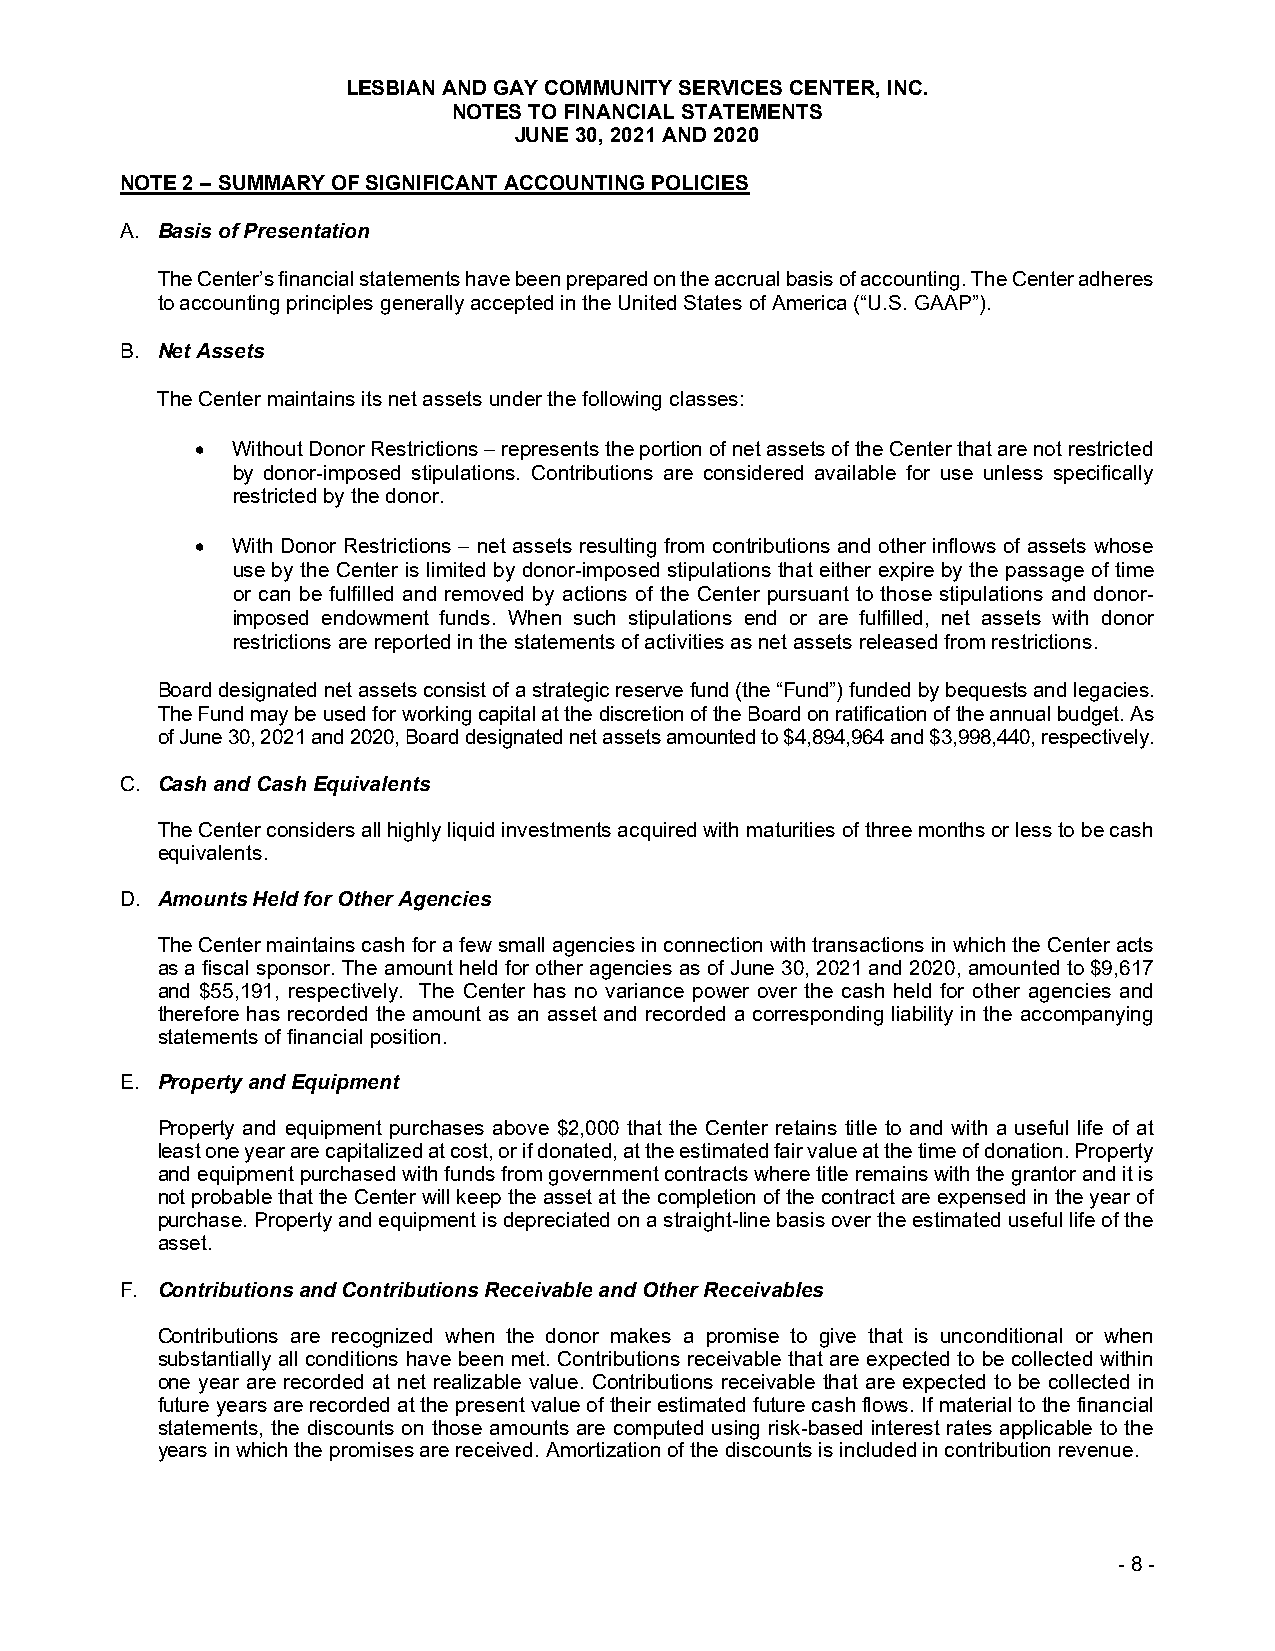
LESBIAN AND GAY COMMUNITY SERVICES CENTER, INC.
 NOTES TO FINANCIAL STATEMENTS
 JUNE 30, 2021 AND 2020
 NOTE 2 – SUMMARY OF SIGNIFICANT ACCOUNTING POLICIES
 A. Basis of Presentation
 The Center’s financial statements have been prepared on the accrual basis of accounting. The Center adheres
 to accounting principles generally accepted in the United States of America (“U.S. GAAP”).
 B. Net Assets
 The Center maintains its net assets under the following classes:
  Without Donor Restrictions – represents the portion of net assets of the Center that are not restricted
 by donor-imposed stipulations. Contributions are considered available for use unless specifically
 restricted by the donor.
  With Donor Restrictions – net assets resulting from contributions and other inflows of assets whose
 use by the Center is limited by donor-imposed stipulations that either expire by the passage of time
 or can be fulfilled and removed by actions of the Center pursuant to those stipulations and donor-
 imposed endowment funds. When such stipulations end or are fulfilled, net assets with donor
 restrictions are reported in the statements of activities as net assets released from restrictions.
 Board designated net assets consist of a strategic reserve fund (the “Fund”) funded by bequests and legacies.
 The Fund may be used for working capital at the discretion of the Board on ratification of the annual budget. As
 of June 30, 2021 and 2020, Board designated net assets amounted to $4,894,964 and $3,998,440, respectively.
 C. Cash and Cash Equivalents
 The Center considers all highly liquid investments acquired with maturities of three months or less to be cash
 equivalents.
 D. Amounts Held for Other Agencies
 The Center maintains cash for a few small agencies in connection with transactions in which the Center acts
 as a fiscal sponsor. The amount held for other agencies as of June 30, 2021 and 2020, amounted to $9,617
 and $55,191, respectively. The Center has no variance power over the cash held for other agencies and
 therefore has recorded the amount as an asset and recorded a corresponding liability in the accompanying
 statements of financial position.
 E. Property and Equipment
 Property and equipment purchases above $2,000 that the Center retains title to and with a useful life of at
 least one year are capitalized at cost, or if donated, at the estimated fair value at the time of donation. Property
 and equipment purchased with funds from government contracts where title remains with the grantor and it is
 not probable that the Center will keep the asset at the completion of the contract are expensed in the year of
 purchase. Property and equipment is depreciated on a straight-line basis over the estimated useful life of the
 asset.
 F. Contributions and Contributions Receivable and Other Receivables
 Contributions are recognized when the donor makes a promise to give that is unconditional or when
 substantially all conditions have been met. Contributions receivable that are expected to be collected within
 one year are recorded at net realizable value. Contributions receivable that are expected to be collected in
 future years are recorded at the present value of their estimated future cash flows. If material to the financial
 statements, the discounts on those amounts are computed using risk-based interest rates applicable to the
 years in which the promises are received. Amortization of the discounts is included in contribution revenue.
 - 8 -